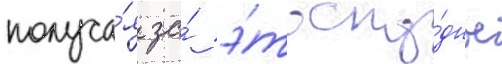
получа́я за́ э́то ску́дное